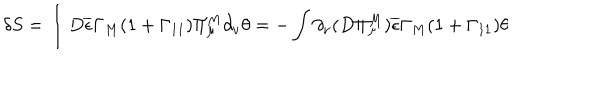
\delta S = \int D \overline { { { \epsilon } } } \Gamma _ { M } ( 1 + \Gamma _ { 1 1 } ) \Pi _ { \mu } ^ { M } \partial _ { \nu } \theta = - \int \partial _ { \nu } ( D \Pi _ { \mu } ^ { M } ) \overline { { { \epsilon } } } \Gamma _ { M } ( 1 + \Gamma _ { 1 1 } ) \theta